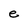
Character: e